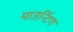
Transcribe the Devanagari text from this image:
माउन्टिंग